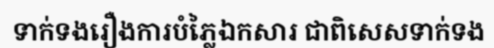
ទាក់ទងរឿងការបំភ្លៃឯកសារ ជាពិសេសទាក់ទង